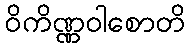
ဝိကိဏ္ဏဝါစောတိ